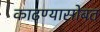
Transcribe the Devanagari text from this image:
काढण्यासोबत